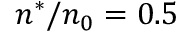
n ^ { * } / n _ { 0 } = 0 . 5